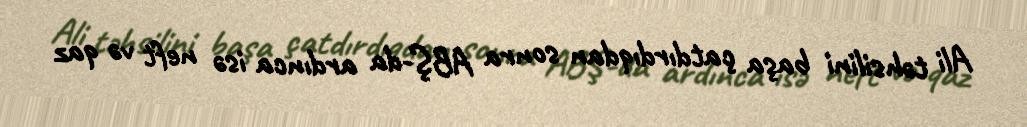
Ali təhsilini başa çatdırdıqdan sonra ABŞ-da ardınca isə neft və qaz